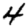
Digit: 4